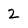
Character: 2